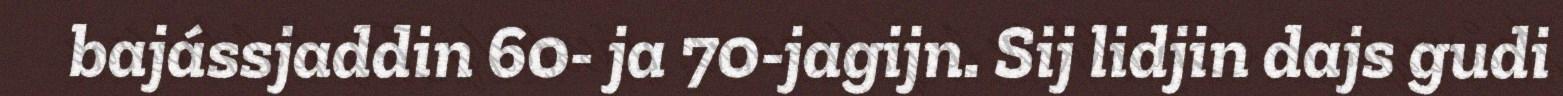
bajássjaddin 60- ja 70-jagijn. Sij lidjin dajs gudi